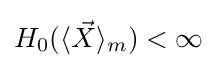
H_{0}(\langle {\vec {X}}\rangle _{m})<\infty